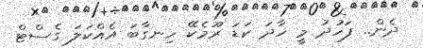
ދެން.. ފަހުދު މީ ހާދަ ކަޑަ ރޫމެކޭ ހިނގާބަ އެއްކަލަ ގެސްޓް